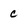
Character: c